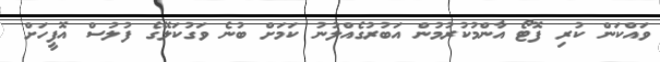
ވައްކަން ކުރި ފޮޓޯ އާންމުކުރުމުން އަބުރުގެއްލުނު ކަމަށް ބުނެ ވަގުކަލޭގެ ފުލުސް އޮފީހަށް